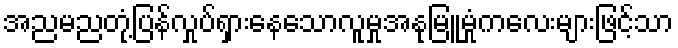
အညမညတုံ့ပြန်လှုပ်ရှားနေသောလူမှုအနုမြူမှုံကလေးများဖြင့်သာ